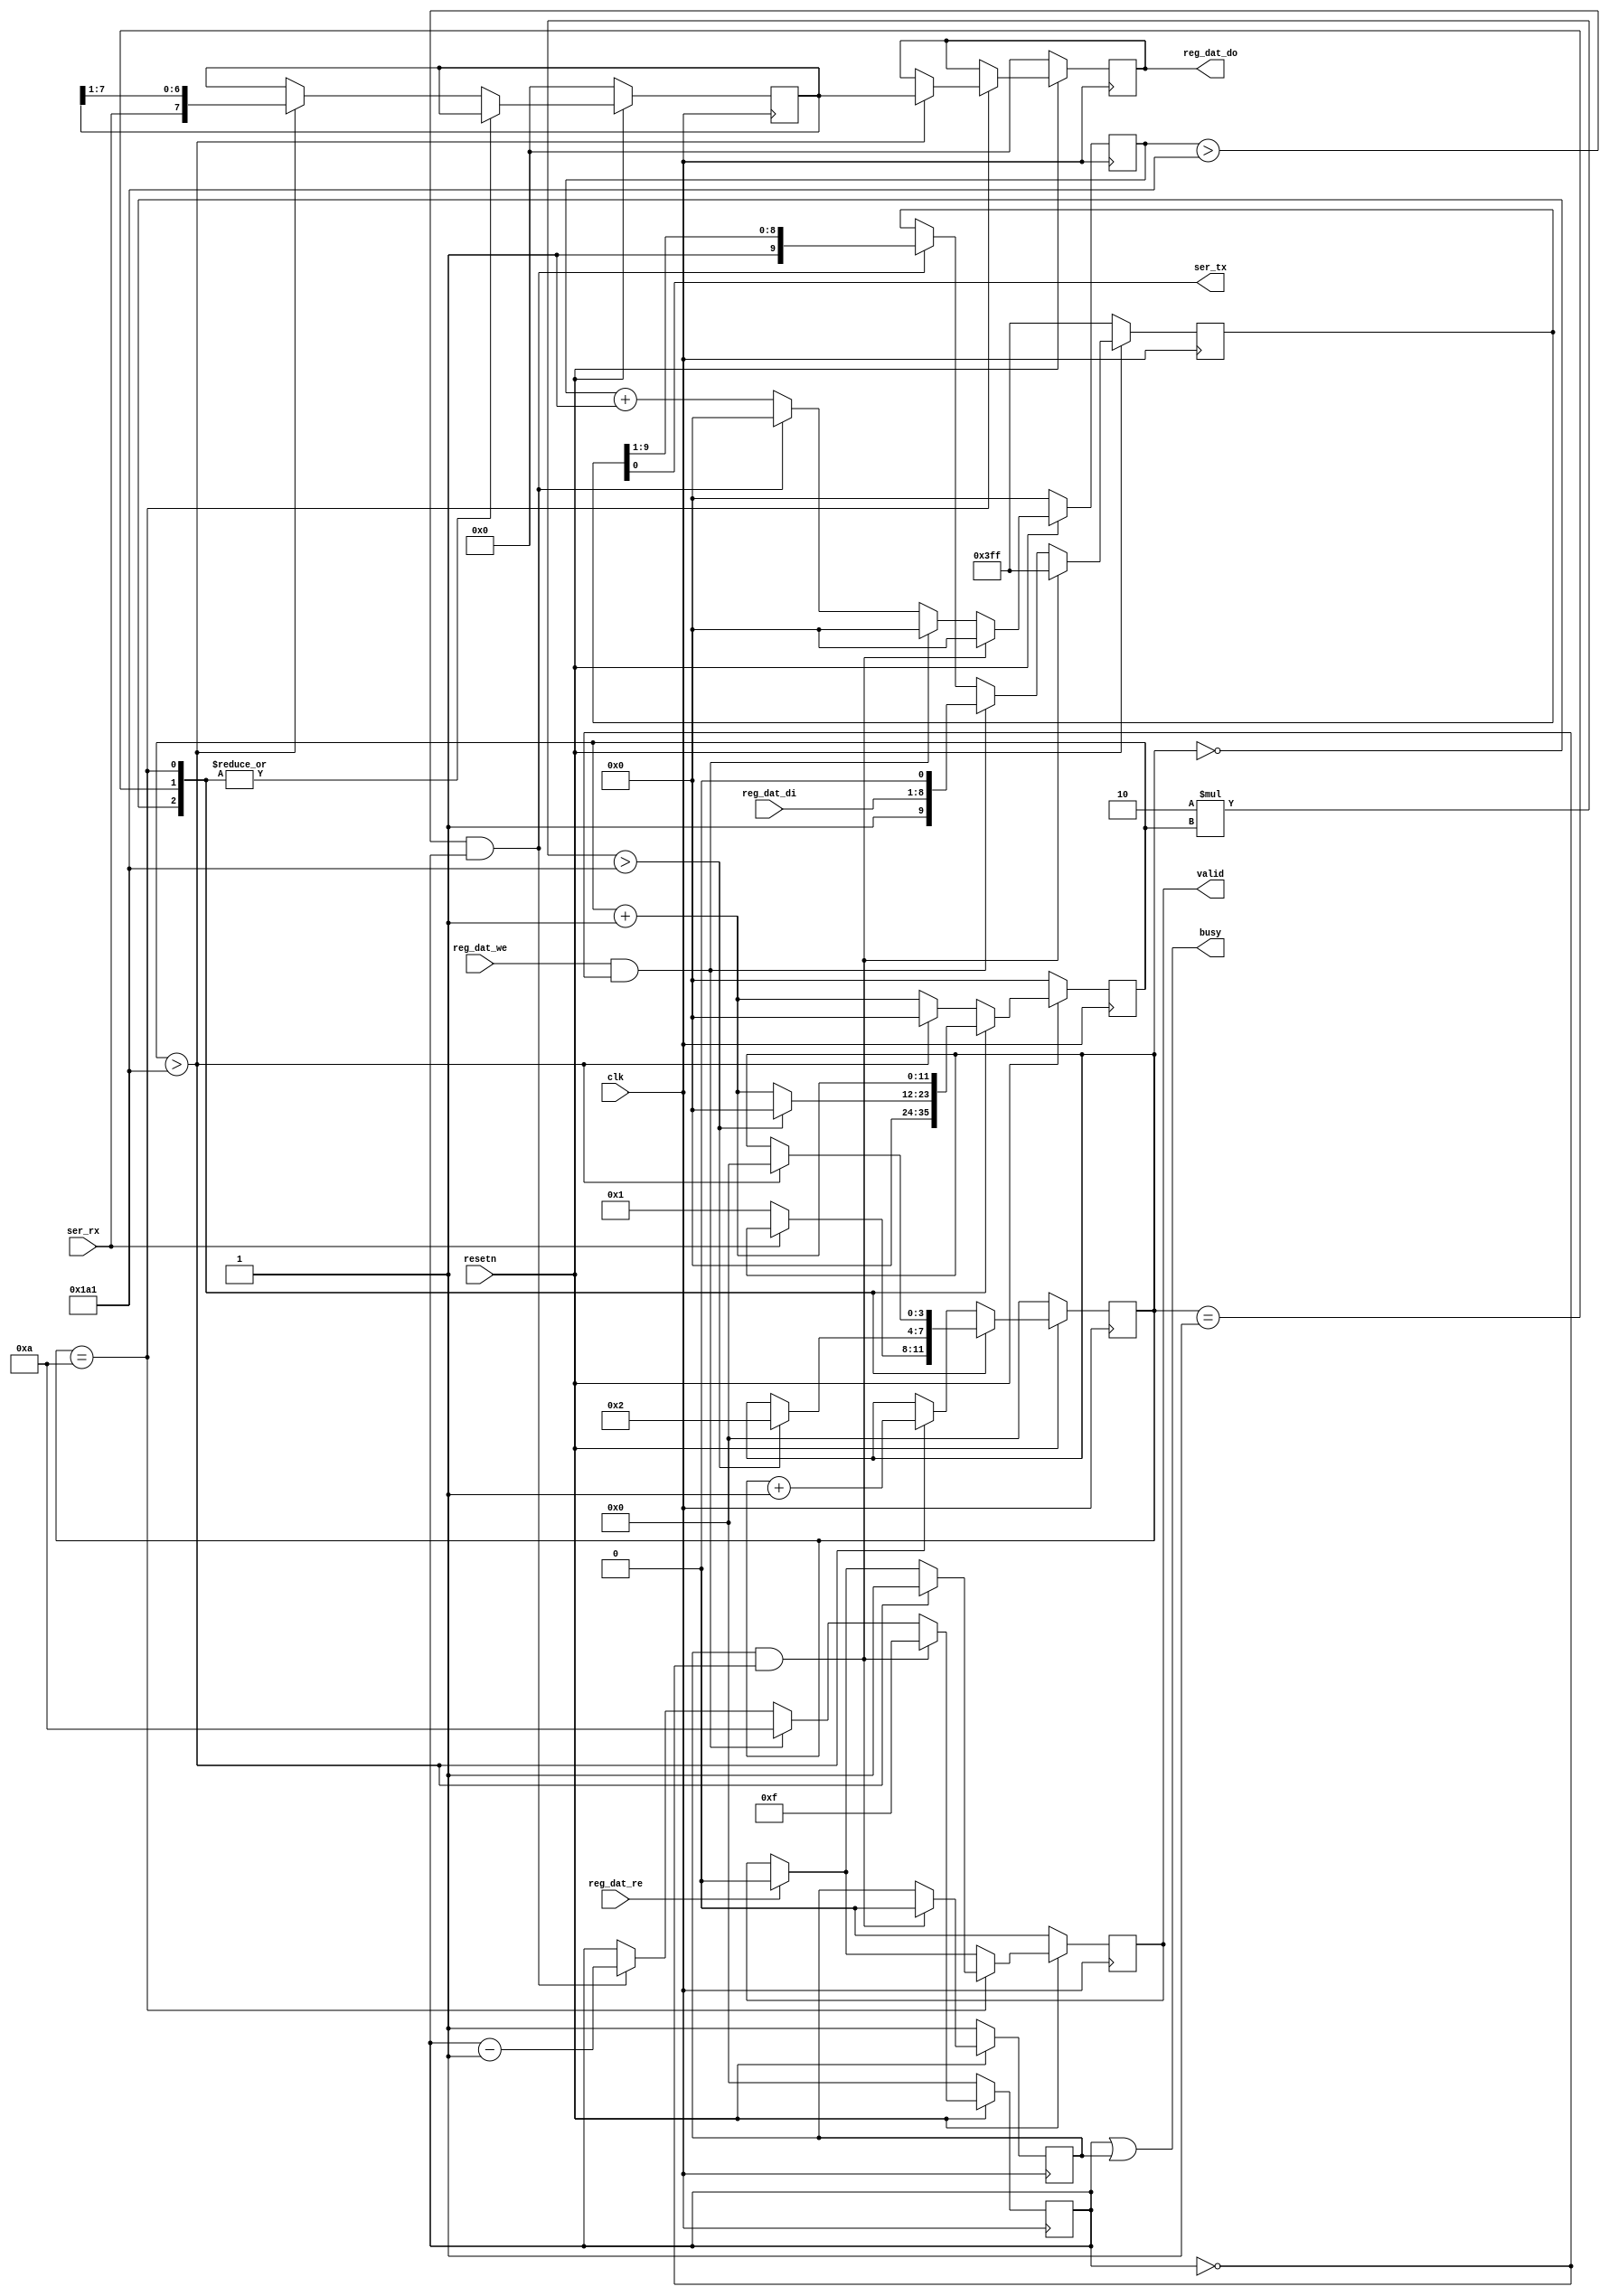
/*
 *  PicoSoC - A simple example SoC using PicoRV32
 *
 *  Copyright (C) 2017  Clifford Wolf <clifford@clifford.at>
 *
 *  Permission to use, copy, modify, and/or distribute this software for any
 *  purpose with or without fee is hereby granted, provided that the above
 *  copyright notice and this permission notice appear in all copies.
 *
 *  THE SOFTWARE IS PROVIDED "AS IS" AND THE AUTHOR DISCLAIMS ALL WARRANTIES
 *  WITH REGARD TO THIS SOFTWARE INCLUDING ALL IMPLIED WARRANTIES OF
 *  MERCHANTABILITY AND FITNESS. IN NO EVENT SHALL THE AUTHOR BE LIABLE FOR
 *  ANY SPECIAL, DIRECT, INDIRECT, OR CONSEQUENTIAL DAMAGES OR ANY DAMAGES
 *  WHATSOEVER RESULTING FROM LOSS OF USE, DATA OR PROFITS, WHETHER IN AN
 *  ACTION OF CONTRACT, NEGLIGENCE OR OTHER TORTIOUS ACTION, ARISING OUT OF
 *  OR IN CONNECTION WITH THE USE OR PERFORMANCE OF THIS SOFTWARE.
 *
 */
 
// Modified by MatthiasK for Mecrisp-Ice, HX8

module simpleuart (
        input clk,
        input resetn,

        output ser_tx,
        input  ser_rx,

//      input   [3:0] reg_div_we,
//      input  [15:0] reg_div_di,
//      output [15:0] reg_div_do,

        input         reg_dat_we,
        input         reg_dat_re,
        input  [7:0] reg_dat_di,
        output [7:0] reg_dat_do,

        output        busy,
    output        valid
);

`define cfg_divider   417  // 48 MHz / 115200

//      reg [15:0] cfg_divider = 104;
// wire [15:0] cfg_divider = 417;

        reg [3:0] recv_state;
        reg [11:0] recv_divcnt;   // ** 15:0
        reg [7:0] recv_pattern;
        reg [7:0] recv_buf_data;
        reg recv_buf_valid;

        reg [9:0] send_pattern;
        reg [3:0] send_bitcnt;
        reg [11:0] send_divcnt;  // ** 15:0
        reg send_dummy;

//      assign reg_div_do = cfg_divider;

    assign reg_dat_do = recv_buf_data;
        assign busy = (send_bitcnt || send_dummy);
        assign valid = recv_buf_valid;

//      always @(posedge clk) begin
//              if (!resetn) begin
//                      cfg_divider <= 1;
//              end else begin
//                      if (reg_div_we[0]) cfg_divider[ 7: 0] <= reg_div_di[ 7: 0];
//                      if (reg_div_we[1]) cfg_divider[15: 8] <= reg_div_di[15: 8];
//                      if (reg_div_we[2]) cfg_divider[23:16] <= reg_div_di[23:16];
//                      if (reg_div_we[3]) cfg_divider[31:24] <= reg_div_di[31:24];
//              end
//      end

        always @(posedge clk) begin
                if (!resetn) begin
                        recv_state <= 0;
                        recv_divcnt <= 0;
                        recv_pattern <= 0;
                        recv_buf_data <= 0;
                        recv_buf_valid <= 0;
                end else begin
                        recv_divcnt <= recv_divcnt + 1;
                        if (reg_dat_re)
                                recv_buf_valid <= 0;
                        case (recv_state)
                                0: begin
                                        if (!ser_rx)
                                                recv_state <= 1;
                                        recv_divcnt <= 0;
                                end
                                1: begin
                                        if (2*recv_divcnt > `cfg_divider) begin
                                                recv_state <= 2;
                                                recv_divcnt <= 0;
                                        end
                                end
                                10: begin
                                        if (recv_divcnt > `cfg_divider) begin
                                                recv_buf_data <= recv_pattern;
                                                recv_buf_valid <= 1;
                                                recv_state <= 0;
                                        end
                                end
                                default: begin
                                        if (recv_divcnt > `cfg_divider) begin
                                                recv_pattern <= {ser_rx, recv_pattern[7:1]};
                                                recv_state <= recv_state + 1;
                                                recv_divcnt <= 0;
                                        end
                                end
                        endcase
                end
        end

        assign ser_tx = send_pattern[0];

        always @(posedge clk) begin
//              if (reg_div_we)
//                      send_dummy <= 1;
                send_divcnt <= send_divcnt + 1;
                if (!resetn) begin
                        send_pattern <= ~0;
                        send_bitcnt <= 0;
                        send_divcnt <= 0;
                        send_dummy <= 1;
                end else begin
                        if (send_dummy && !send_bitcnt) begin
                                send_pattern <= ~0;
                                send_bitcnt <= 15;
                                send_divcnt <= 0;
                                send_dummy <= 0;
                        end else
                        if (reg_dat_we && !send_bitcnt) begin
                                send_pattern <= {1'b1, reg_dat_di[7:0], 1'b0};
                                send_bitcnt <= 10;
                                send_divcnt <= 0;
                        end else
                        if (send_divcnt > `cfg_divider && send_bitcnt) begin
                                send_pattern <= {1'b1, send_pattern[9:1]};
                                send_bitcnt <= send_bitcnt - 1;
                                send_divcnt <= 0;
                        end
                end
        end
endmodule


module buart(
   input wire clk,
   input wire resetq,
   input wire rx,           // recv wire
   output wire tx,          // xmit wire
   input wire rd,           // read strobe
   input wire wr,           // write strobe
   output wire valid,       // has recv data
   output wire busy,        // is transmitting
   input wire [7:0] tx_data,
   output wire [7:0] rx_data // data
);

  simpleuart _simpleuart (
     .clk(clk),
     .resetn(resetq),

     .ser_rx(rx),
     .ser_tx(tx),

     .reg_dat_we(wr),
     .reg_dat_re(rd),
     .reg_dat_di(tx_data),
     .reg_dat_do(rx_data),

     .busy(busy),
     .valid(valid)
   );

endmodule